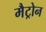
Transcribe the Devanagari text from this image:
मैट्रोन